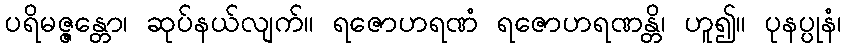
ပရိမဇ္ဇန္တော၊ ဆုပ်နယ်လျက်။ ရဇောဟရဏံ ရဇောဟရဏန္တိ၊ ဟူ၍။ ပုနပ္ပုနံ၊